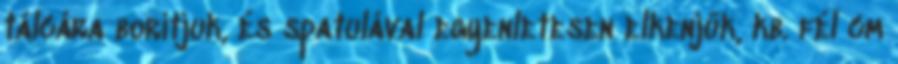
tálcára borítjuk, és spatulával egyenletesen elkenjük, kb. fél cm